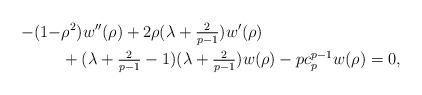
LaTeX: \begin{align*}-(1- & \rho^2) w''(\rho) + 2\rho (\lambda +\tfrac{2}{p-1} )w'(\rho) \\& + (\lambda +\tfrac{2}{p-1} - 1)(\lambda +\tfrac{2}{p-1}) w(\rho) - p c_p^{p-1} w(\rho) = 0,\end{align*}